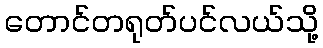
တောင်တရုတ်ပင်လယ်သို့